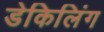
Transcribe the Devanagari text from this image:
डेकिलिंग